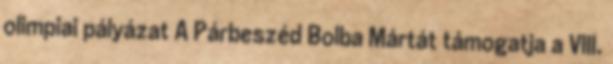
olimpiai pályázat A Párbeszéd Bolba Mártát támogatja a VIII.